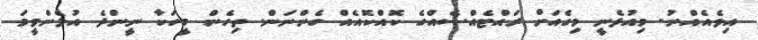
އިވެއެއްނު. މިއުޅެނީ މިގެއަށް ރައްޓެއްސެއްގެ ކޮއްކޮއެއް ގެންނަން. ތިހެން މީހަކާ ނީންދެ އުޅެންވީމަ